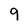
Character: 9